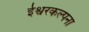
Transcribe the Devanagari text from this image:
ईश्वरकल्पना